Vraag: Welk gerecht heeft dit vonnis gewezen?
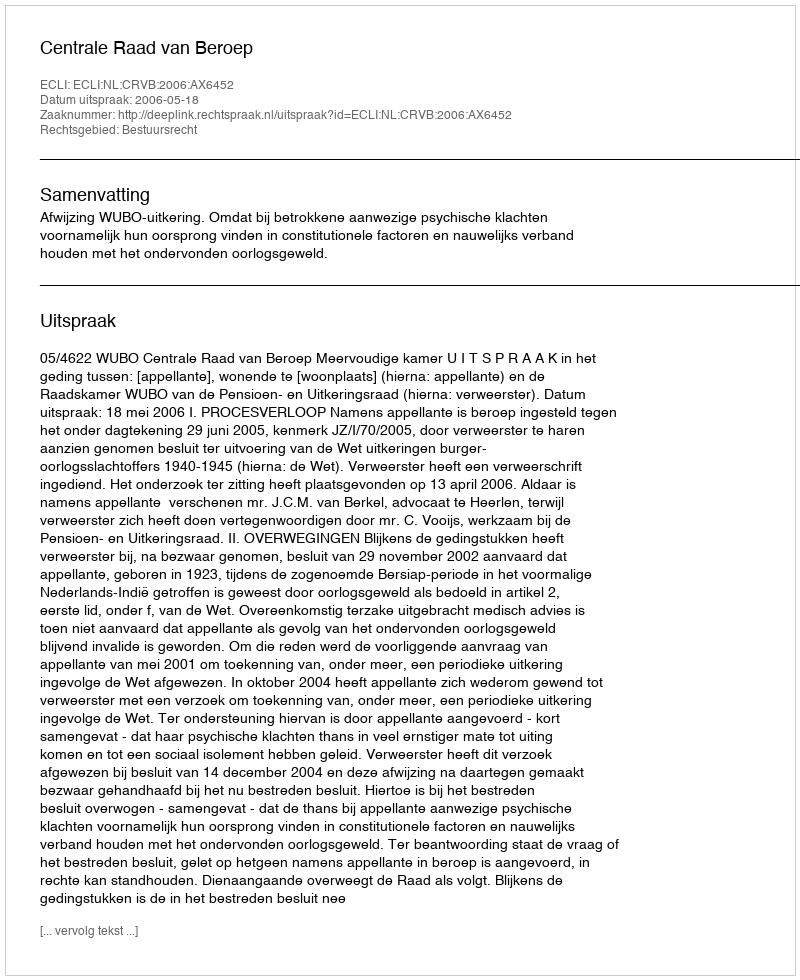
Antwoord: Centrale Raad van Beroep